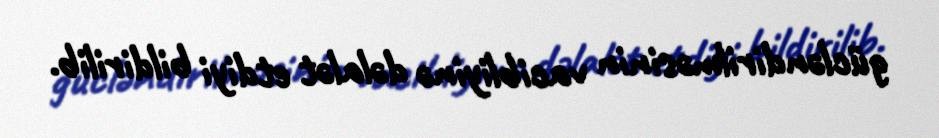
gücləndirilməsinin vacibliyinə dəlalət etdiyi bildirilib.